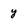
Character: y